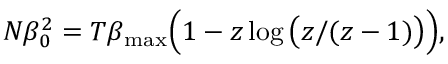
\begin{array} { r } { N \beta _ { 0 } ^ { 2 } = T \beta _ { \mathrm { m a x } } \Big ( 1 - z \log \big ( z / ( z - 1 ) \big ) \Big ) , } \end{array}